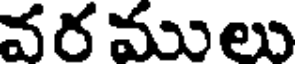
వర ములు